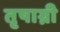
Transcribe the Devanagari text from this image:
तृषाग्नी